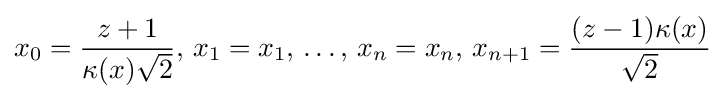
x_{0}={\frac {z+1}{\kappa (x){\sqrt {2}}}},\,x_{1}=x_{1},\,\ldots ,\,x_{n}=x_{n},\,x_{n+1}={\frac {(z-1)\kappa (x)}{\sqrt {2}}}